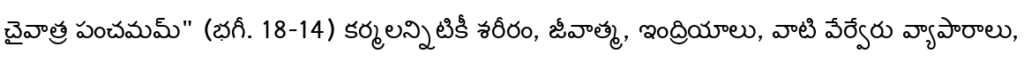
చైవాత్ర పంచమమ్" (భగీ. 18-14) కర్మలన్నిటికీ శరీరం, జీవాత్మ, ఇంద్రియాలు, వాటి వేర్వేరు వ్యాపారాలు,